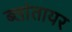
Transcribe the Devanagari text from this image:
ब्लांतायर